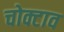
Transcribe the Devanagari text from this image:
चोक्टाव